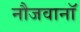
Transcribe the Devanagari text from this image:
नौजवानॉ